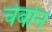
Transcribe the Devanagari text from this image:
चेबोन